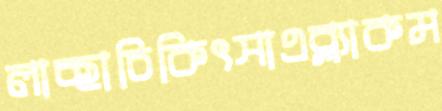
লাচ্ছাচিকিৎসাএব্ল্যাকম